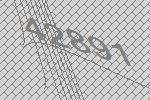
42891